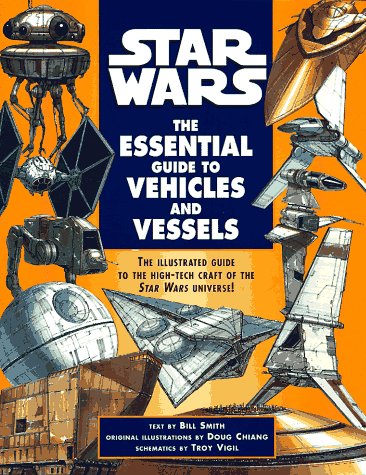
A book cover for The Essential Guide to Vehicles and Vessels (Star Wars); Bill Smith; Humor & Entertainment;